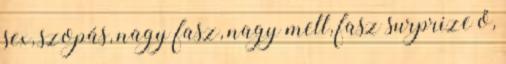
sex, szopás, nagy fasz, nagy mell, fasz surprize ő,